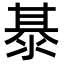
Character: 𭰭